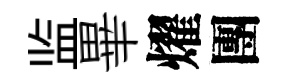
监畢燿團